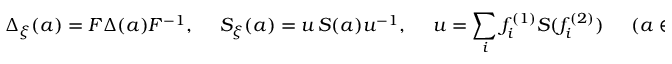
\Delta _ { \xi } ( a ) = F \Delta ( a ) F ^ { - 1 } , \quad \; S _ { \xi } ( a ) = u \, S ( a ) u ^ { - 1 } , \quad \; u = \sum _ { i } f _ { i } ^ { ( 1 ) } S ( f _ { i } ^ { ( 2 ) } ) \, \quad \; ( a \in A ) \, .